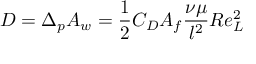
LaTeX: D = \Delta _ { p } A _ { w } = { \frac { 1 } { 2 } } C _ { D } A _ { f } { \frac { \nu \mu } { l ^ { 2 } } } R e _ { L } ^ { 2 }